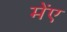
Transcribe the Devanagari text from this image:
मेंए